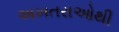
અખતરાઓથી